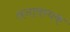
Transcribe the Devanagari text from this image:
अनावम्यक